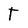
Character: T